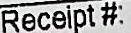
RECEIPT #: